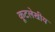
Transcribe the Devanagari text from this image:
कूटलेखीय